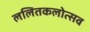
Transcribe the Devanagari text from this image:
ललितकलोत्सव